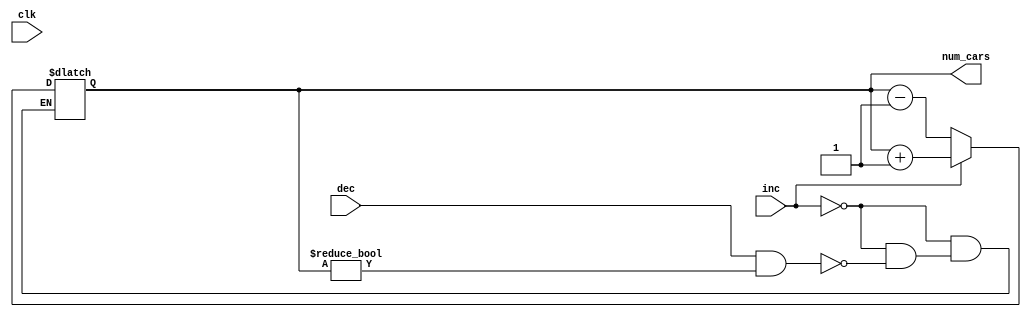
module counter (
    input wire clk, dec, inc,
    output reg [3:0] num_cars
    );

    always @*
    begin
        if(inc)
            num_cars = num_cars + 1;
        else if(dec && num_cars != 0)
            num_cars = num_cars - 1;
    end
 
endmodule